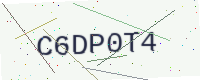
Text: C6DP0T4